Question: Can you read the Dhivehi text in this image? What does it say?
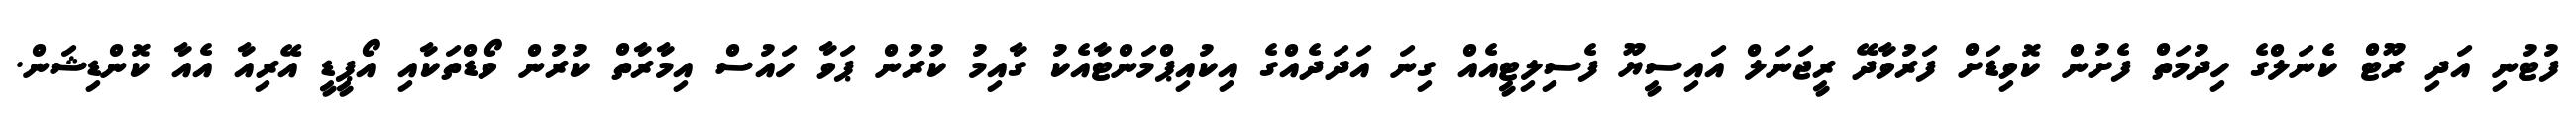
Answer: ފުޓުނި އަދި ރޫޓް ކެނަލްގެ ހިދުމަތް ފެށުން ކޮވިޑަށް ފަރުވާދޭ ރީޖަނަލް އައިސީޔޫ ފެސިލިޓީއެއް ގިނަ އަދަދެއްގެ އިކުއިޕްމަންޓާއެކު ގާއިމު ކުރުން ޕަވާ ހައުސް އިމާރާތް ކުރުން ވޯޑްތަކާއި އޯޕީޑީ އޭރިއާ އެއާ ކޮންޑިޝަން.